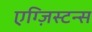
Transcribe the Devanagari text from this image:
एग्ज़िस्टन्स